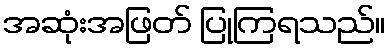
အဆုံးအဖြတ် ပြုကြရသည်။